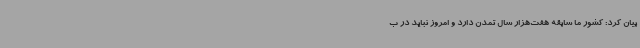
بیان کرد: کشور ما سابقه هفت‌هزار سال تمدن دارد و امروز نباید در ب